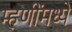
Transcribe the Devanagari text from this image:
म्हणींमध्ये